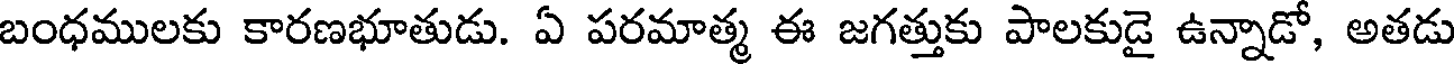
బంధములకు కారణభూతుడు. ఏ పరమాత్మ ఈ జగత్తుకు పాలకుడై ఉన్నాడో, అతడు